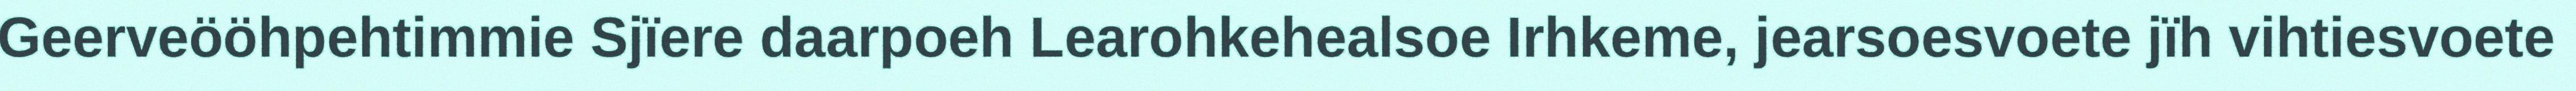
Geerveööhpehtimmie Sjïere daarpoeh Learohkehealsoe Irhkeme, jearsoesvoete jïh vihtiesvoete